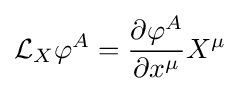
{\mathcal {L}}_{X}\varphi ^{A}={\frac {\partial \varphi ^{A}}{\partial x^{\mu }}}X^{\mu }